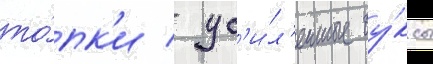
то́пк'и / ус'и́л'енные бу́ксы